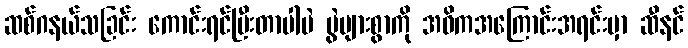
ဆစ်ဂနယ်သခြင်း ကောင်းရင်ပြီးတာပါပဲ ပွဲများစွာကို အဓိကအကြောင်းအရင်းမှာ ဆီနင်